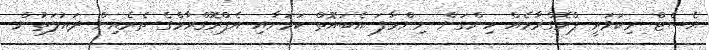
އެސެޓް ރިކަވަރީ ޕްރޮގްރާމެއް ހިންގަން ނިންމާފަ އެބައޮތް ކަމަށާއި އެޕްރޮގްރާމްގެ ތެރެއިން ދައުލަތުން